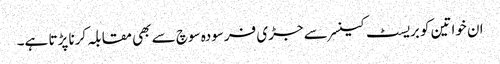
ان خواتین کو بریسٹ کینسر سے جڑی فرسودہ سوچ سے بھی مقابلہ کرنا پڑتا ہے۔